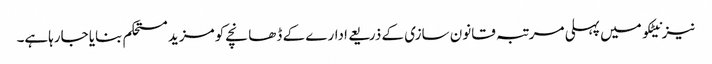
نیز نیٹکو میں پہلی مرتبہ قانون سازی کے ذریعے ادارے کے ڈھانچے کو مزید مستحکم بنایا جارہاہے۔